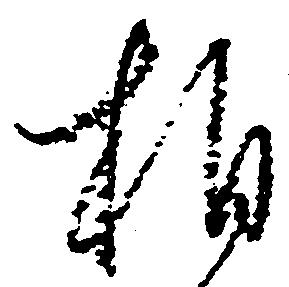
相